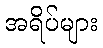
အရိပ်များ